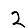
Digit: 2